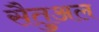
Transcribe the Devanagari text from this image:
सैतुअल